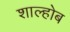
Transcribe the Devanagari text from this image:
शाल्होब